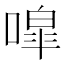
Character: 噑